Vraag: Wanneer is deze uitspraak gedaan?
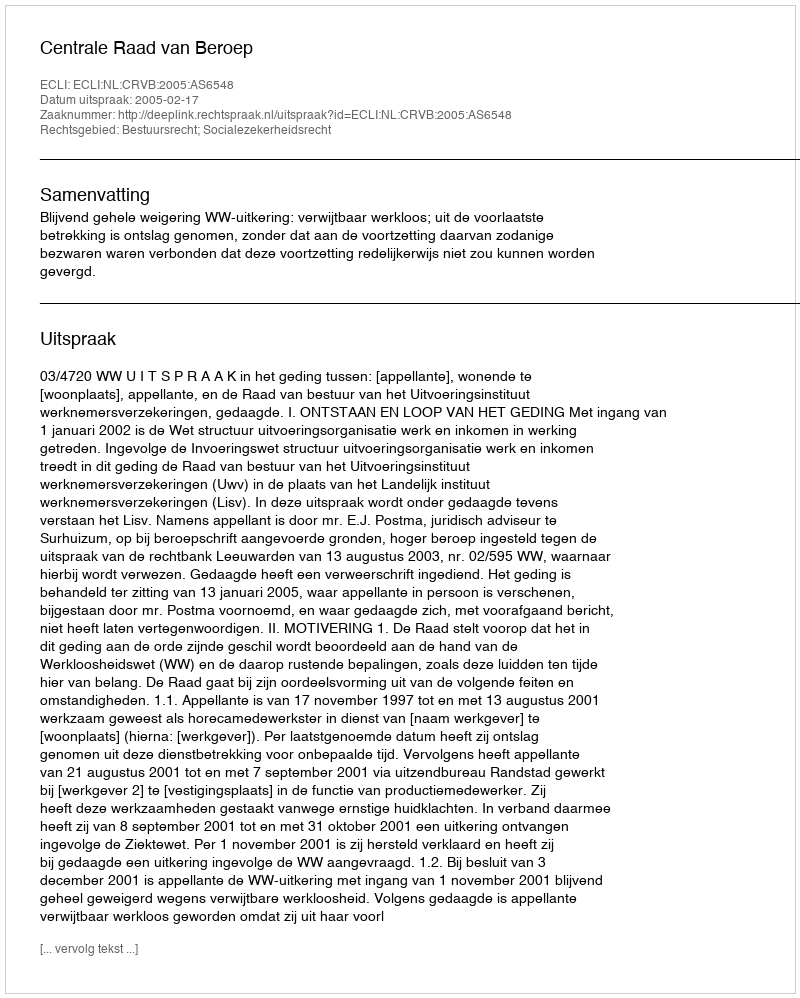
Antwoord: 2005-02-17